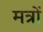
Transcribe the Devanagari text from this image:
मत्रों